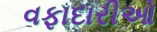
વફાદારીઓ